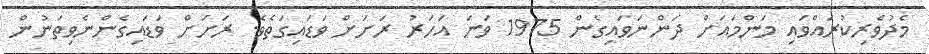
މެދުވެރިކުރައްވައި މަންމައަށް ދަންނަަވައިގެން 1975 ވަނަ އަހަރު ރަށަށް ވަޑައިގަތެވެ. ރަށަށް ވަޑައިގެންނެވިތަނުން